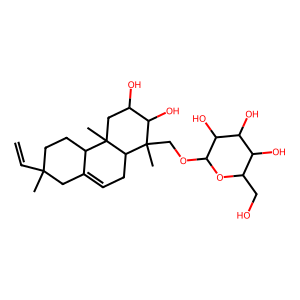
SMILES: C=CC1(C)CCC2C(=CCC3C2(C)CC(O)C(O)C3(C)COC2OC(CO)C(O)C(O)C2O)C1
Inhibits HIV replication: No